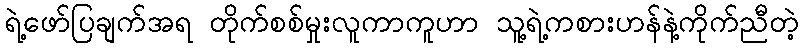
ရဲ့ဖော်ပြချက်အရ တိုက်စစ်မှုးလူကာကူဟာ သူ့ရဲ့ကစားဟန်နဲ့ကိုက်ညီတဲ့